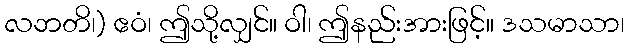
လဘတိ၊) ဧဝံ၊ ဤသို့လျှင်။ ဝါ၊ ဤနည်းအားဖြင့်။ ဒသမာသာ၊